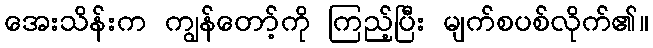
အေးသိန်းက ကျွန်တော့်ကို ကြည့်ပြီး မျက်စပစ်လိုက်၏။